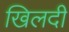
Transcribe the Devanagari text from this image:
खिलदी